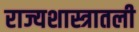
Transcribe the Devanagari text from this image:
राज्यशास्त्रातली